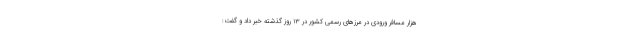
هزار مسافر ورودی در مرزهای رسمی کشور در ۱۳ روز گذشته خبر داد و گفت: